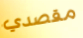
مقصدي